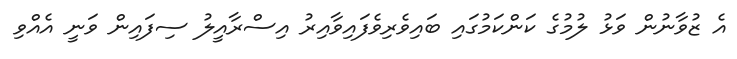
އެ ޒުވާނުން ވަޅު ލުމުގެ ކަންކަމުގައި ބައިވެރިވެފައިވާއިރު އިސްރާއީލު ސިފައިން ވަނީ އެއްވި